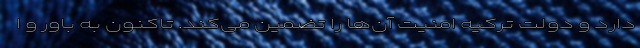
دارد و دولت ترکیه امنیت آن‌ها را تضمین می‌کند. تاکنون به باور و ا